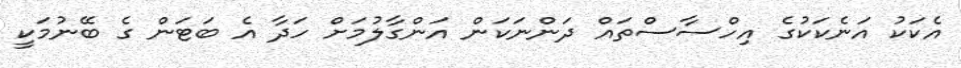
އެކަކު އަނެކަކުގެ އިހްސާސްތައް ދަންނަކަން އަންގާލުމަށް ހަދާ އެ ބަޓަން ގެ ބޭނުމަކީ